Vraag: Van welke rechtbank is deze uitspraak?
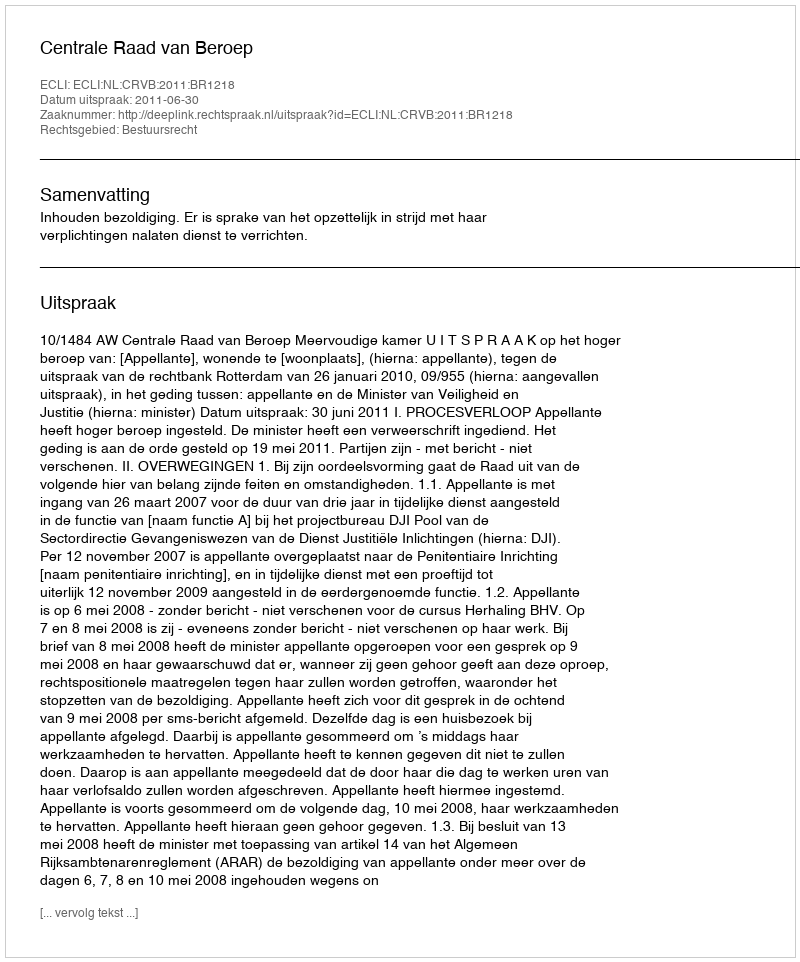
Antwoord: Centrale Raad van Beroep